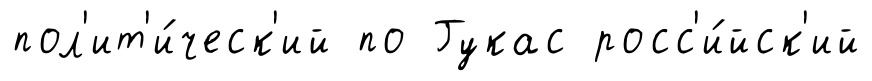
пол'ит'и́ческ'ий по Гукас росс'и́йск'ий